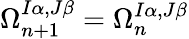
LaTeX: \Omega_{n+1}^{I\alpha,J\beta}=\Omega_{n}^{I\alpha,J\beta}